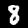
Label: 8